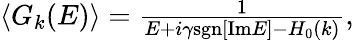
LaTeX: \begin{array}{r}{\left<G_{k}(E)\right>=\frac{1}{E+i\gamma\mathrm{sgn}[\mathrm{Im}E]-H_{0}(k)},}\end{array}